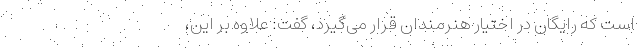
است که رایگان در اختیار هنرمندان قرار می‌گیرد، گفت: علاوه بر این،